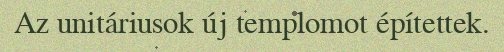
Az unitáriusok új templomot építettek.